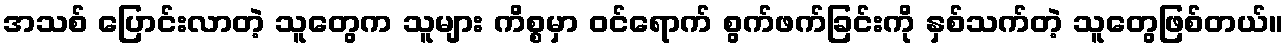
အသစ် ပြောင်းလာတဲ့ သူတွေက သူများ ကိစ္စမှာ ဝင်ရောက် စွက်ဖက်ခြင်းကို နှစ်သက်တဲ့ သူတွေဖြစ်တယ်။